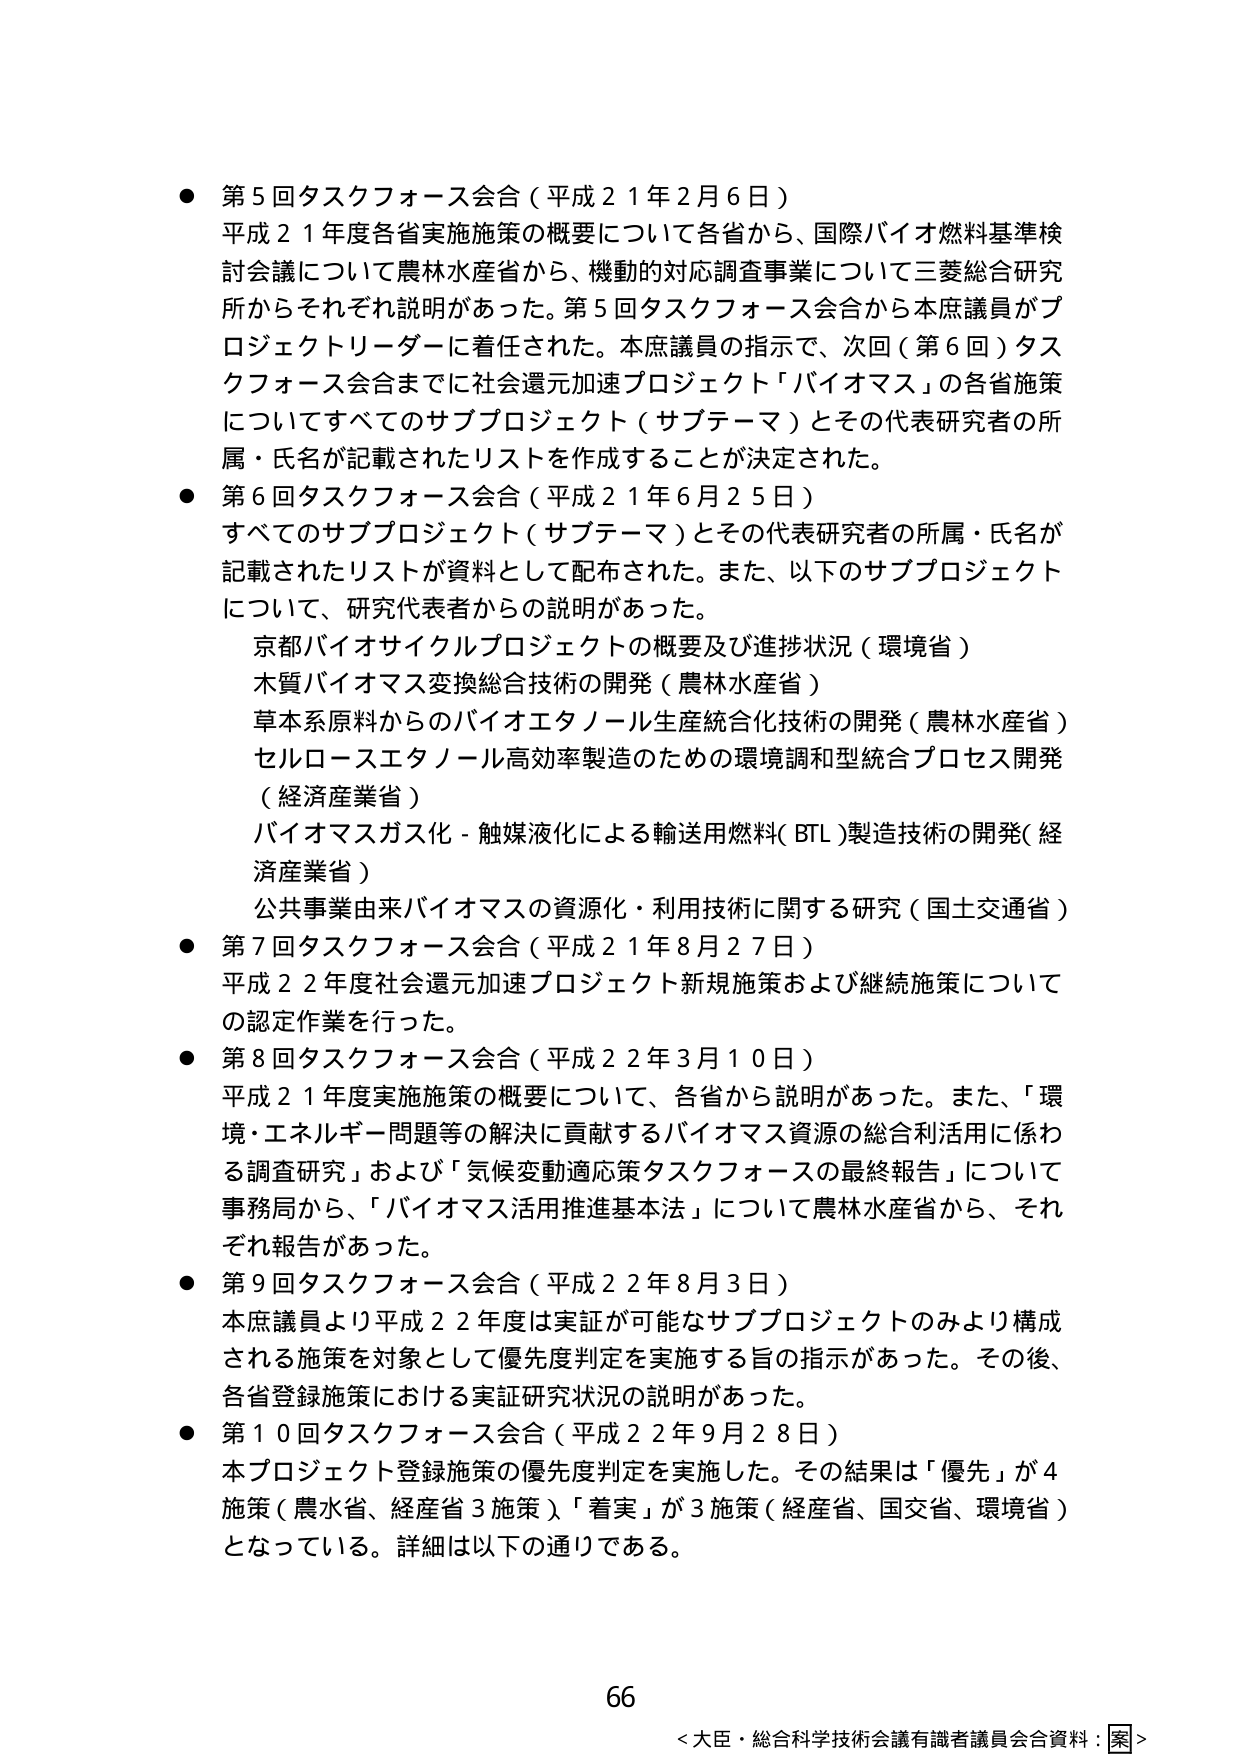
● 第5回タスクフォース会合（平成21年2月6日）
平成21年度各省実施施策の概要について各省から、国際バイオ燃料基準検討会議について農林水産省から、機動的対応調査事業について三菱総合研究所からそれぞれ説明があった。第5回タスクフォース会合から本庶議員がプロジェクトリーダーに着任された。本庶議員の指示で、次回（第6回）タスクフォース会合までに社会還元加速プロジェクト「バイオマス」の各省施策についてすべてのサブプロジェクト（サブテーマ）とその代表研究者の所属・氏名が記載されたリストを作成することが決定された。

● 第6回タスクフォース会合（平成21年6月25日）
すべてのサブプロジェクト（サブテーマ）とその代表研究者の所属・氏名が記載されたリストが資料として配布された。また、以下のサブプロジェクトについて、研究代表者からの説明があった。
　京都バイオサイクルプロジェクトの概要及び進捗状況（環境省）
　木質バイオマス変換総合技術の開発（農林水産省）
　草本系原料からのバイオエタノール生産統合化技術の開発（農林水産省）
　セルロースエタノール高効率製造のための環境調和型統合プロセス開発（経済産業省）
　バイオマスガス化－触媒液化による輸送用燃料（BTL）製造技術の開発（経済産業省）
　公共事業由来バイオマスの資源化・利用技術に関する研究（国土交通省）

● 第7回タスクフォース会合（平成21年8月27日）
平成22年度社会還元加速プロジェクト新規施策および継続施策についての認定作業を行った。

● 第8回タスクフォース会合（平成22年3月10日）
平成21年度実施施策の概要について、各省から説明があった。また、「環境・エネルギー問題等の解決に貢献するバイオマス資源の総合利活用に係わる調査研究」および「気候変動適応策タスクフォースの最終報告」について事務局から、「バイオマス活用推進基本法」について農林水産省から、それぞれ報告があった。

● 第9回タスクフォース会合（平成22年8月3日）
本庶議員より平成22年度は実証が可能なサブプロジェクトのみより構成される施策を対象として優先度判定を実施する旨の指示があった。その後、各省登録施策における実証研究状況の説明があった。

● 第10回タスクフォース会合（平成22年9月28日）
本プロジェクト登録施策の優先度判定を実施した。その結果は「優先」が4施策（農水省、経産省3施策）、「着実」が3施策（経産省、国交省、環境省）となっている。詳細は以下の通りである。

66
＜大臣・総合科学技術会議有識者議員会合資料：案＞